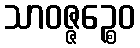
သာဝဇ္ဇဉ္စေဝ